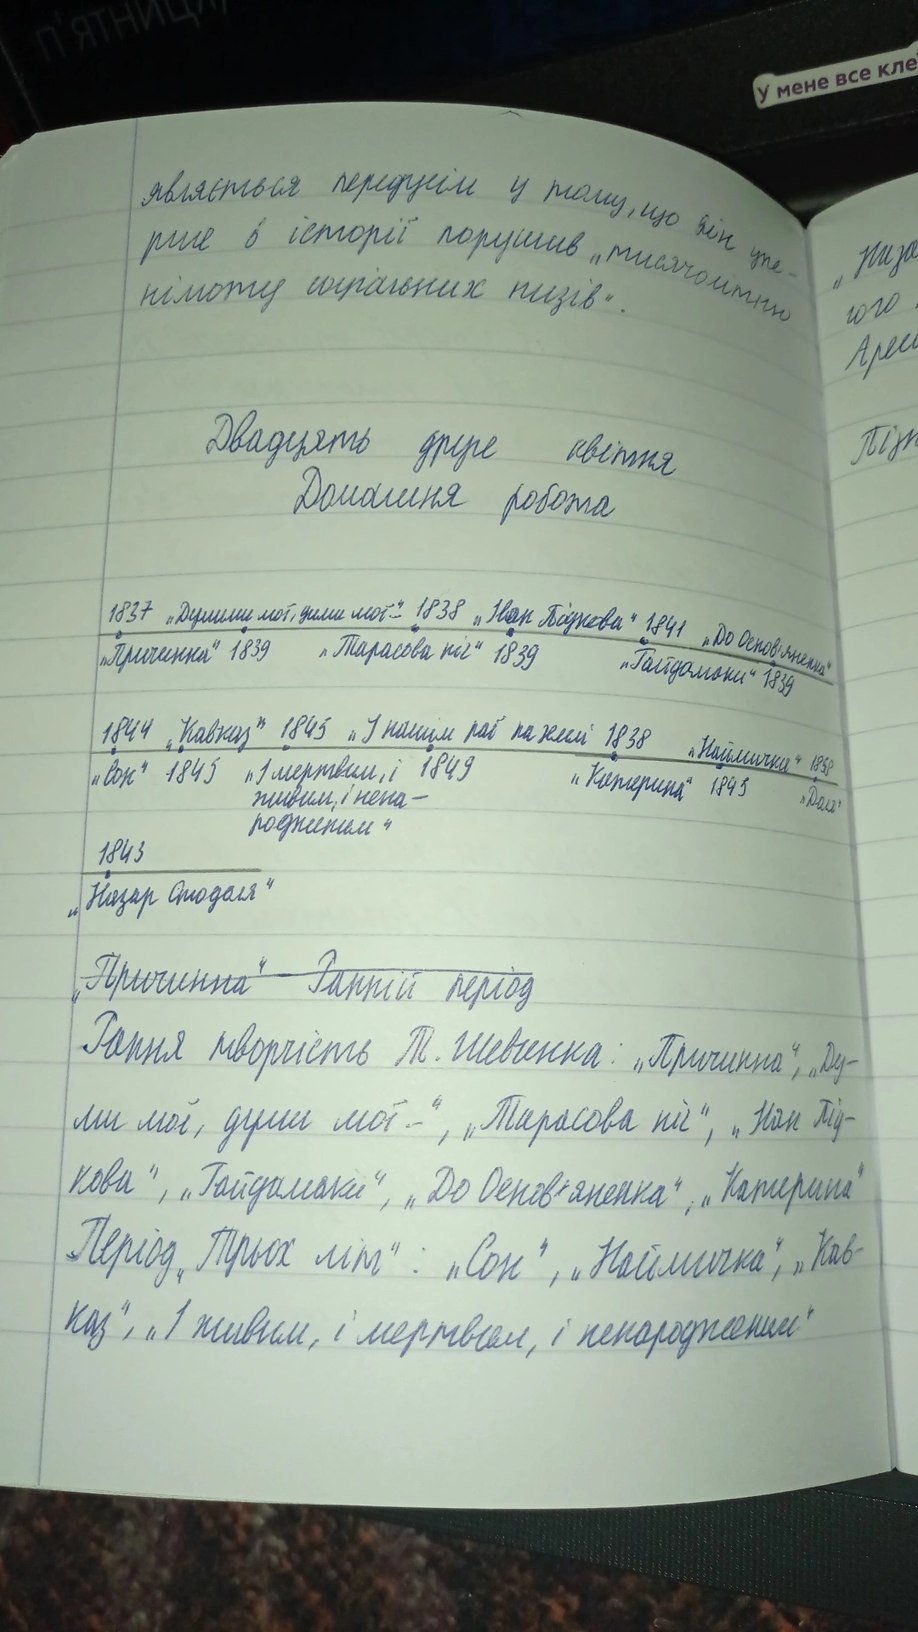
У мене все кле
являється передусім у тому, що він упе-
рше в історії порушив "тисячолітню
німоту стральних низів".
Двадцять друге квітня
Домашня робота
1837 "Думими мої, думи мої" 1838 "Іван Підкова" 1841 "До Основ'яненка" "
"Причинна" 1839 "Тарасова ніч" 1839 "Гайдамаки" 1839
1844 "Кавказ" 1845 "У нашім раї на землі" 1838 "Наймичка" 1858
«Сон» 1845 «І мертвим, і 1845 живим, і нена- родженим» 1849 «Катерина» 1843 «Доля»
1843
"Назар Стодоля"
~~„Причинна“ - Ранній період~~
Рання творчість Т. Шевченка: „Причинна“, „Ду-
ми мої, думи мої...", "Тарасова ніч", "Іван Під-
кови", "Гайдамаки", "До Основ'яненка", "Катерина"
„Період „Трьох літ“: „Сон“, „Наймичка“, „Кав-
каз", "І живим, і мертвим, і ненарожденним"